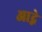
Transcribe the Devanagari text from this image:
आद्गे